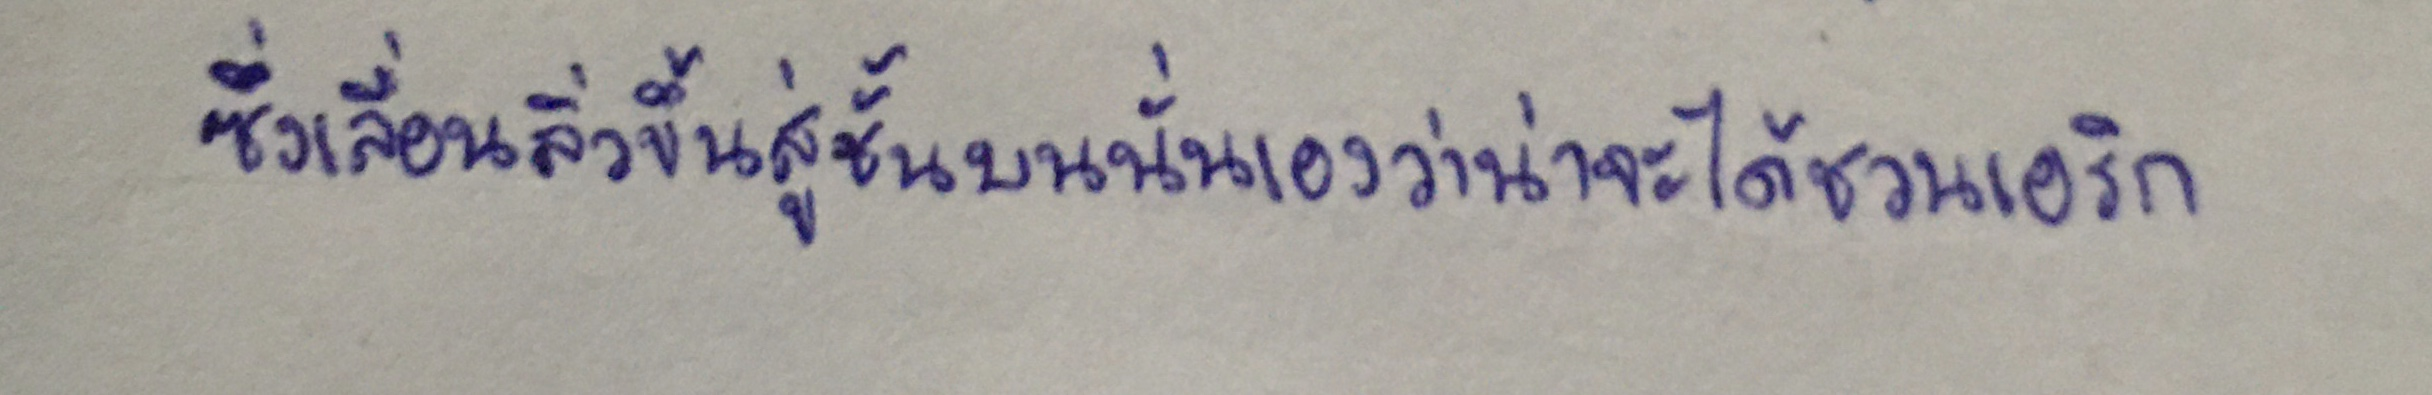
ซึ่งเลื่อนลิ่วขึ้นสู่ชั้นบนนั่นเองว่าน่าจะได้ชวนเอริก